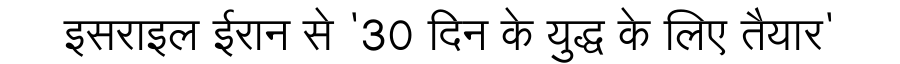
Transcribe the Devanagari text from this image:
इसराइल ईरान से '30 दिन के युद्ध के लिए तैयार'